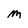
Character: M